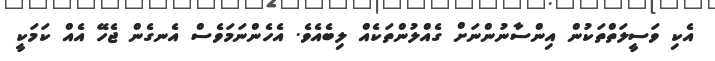
އެކި ވަސީލަތްތަކުން އިންސާނުންނަށް ގެއްލުންތަކެއް ލިބެއެވެ. އެހެންނަމަވެސް އެނގެން ޖެހޭ އެއް ކަމަކީ